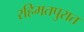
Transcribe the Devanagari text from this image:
रहिमतपुरात